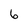
Character: 6